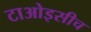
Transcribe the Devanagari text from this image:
टाओइसीच